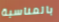
بالمناسبة